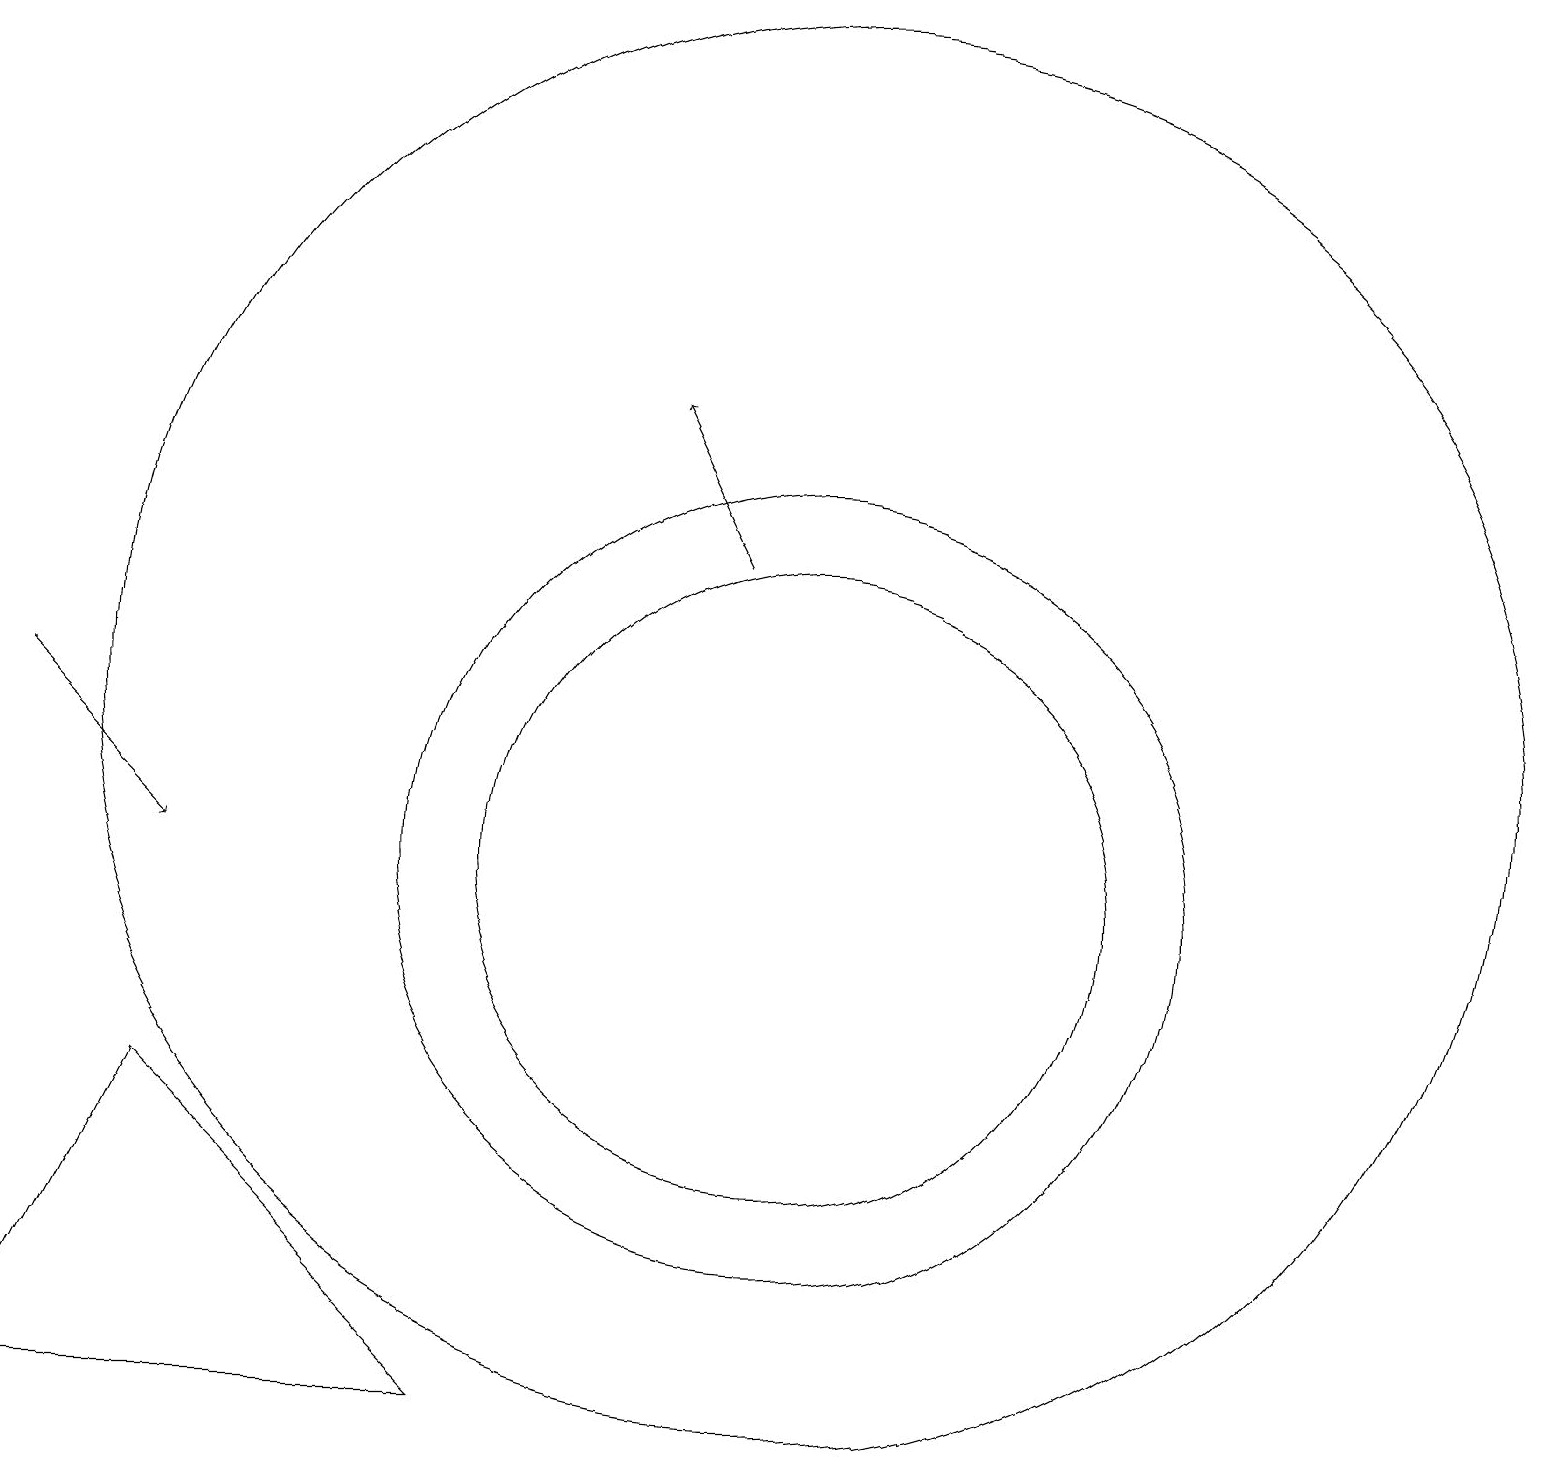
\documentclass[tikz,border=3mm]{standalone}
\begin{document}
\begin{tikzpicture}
\draw (10,10) circle (4);
\draw (10,10) circle (5);
\draw[->] (0,12) -- (2,10);
\draw (10,12) circle (9);
\draw[->] (9,14) -- (8,16);
\draw (2,7) -- (0,3) -- (6,3) -- cycle;
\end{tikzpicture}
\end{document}